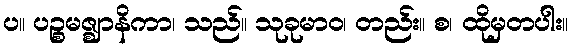
ပ။ ပဉ္စမဇ္ဈာနိကာ၊ သည်။ သုခုမာဝ၊ တည်း။ စ၊ ထိုမှတပါး။